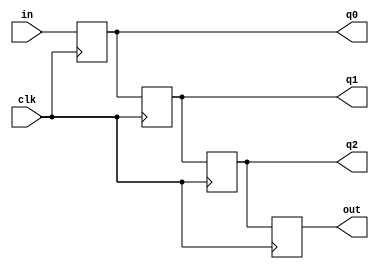
`timescale 1ns / 1ps
////////////////////////////////////////
// Name : Abdul Basit
// CMS: 041-18-0014
// DSD Lab-05 Shift Register
////////////////////////////////////////
module Shift_reg(q0, q1, q2, out, in, clk);
input in, clk;
output reg q0, q1, q2, out; 


always@(posedge clk)
begin
    q0  <= in;
    q1  <= q0;
    q2  <= q1;
    out <= q2;
end 
endmodule